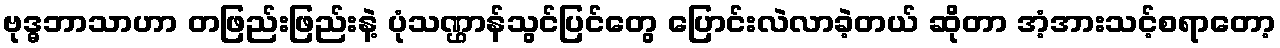
ဗုဒ္ဓဘာသာဟာ တဖြည်းဖြည်းနဲ့ ပုံသဏ္ဌာန်သွင်ပြင်တွေ ပြောင်းလဲလာခဲ့တယ် ဆိုတာ အံ့အားသင့်စရာတော့